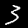
Label: 3